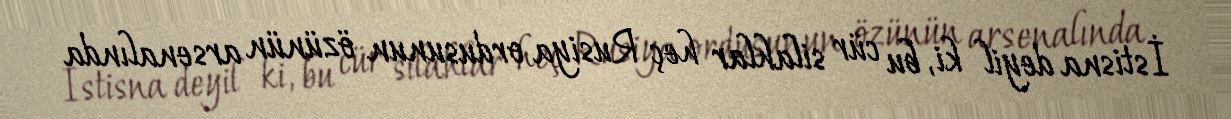
İstisna deyil ki, bu cür silahlar heç Rusiya ordusunun özünün arsenalında